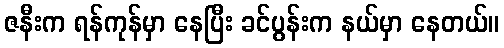
ဇနီးက ရန်ကုန်မှာ နေပြီး ခင်ပွန်းက နယ်မှာ နေတယ်။